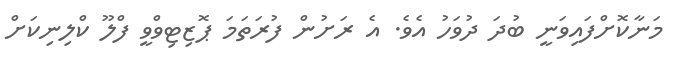
މަނާކޮށްފައިވަނީ ބުދަ ދުވަހު އެވެ. އެ ރަށުން ފުރަތަމަ ޕޮޒިޓިވްވީ ފްލޫ ކްލިނިކަށް